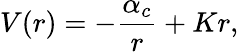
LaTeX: V(r)=-{\frac{{\alpha}_{c}}{r}}+Kr,